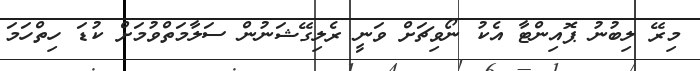
މިރޭ ލިބުނު ޕޮއިންޓާ އެކު ނޯވިޗަށް ވަނީ ރެލިގޭޝަނުން ސަލާމަތްވުމަށް ކުޑަ ހިތްހަމަ